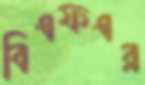
বিএফএর